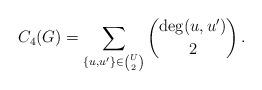
LaTeX: \begin{align*} C_4(G) = \sum_{\{u,u'\}\in\binom{U}{2}}\binom{\deg(u,u')}{2} \,. \end{align*}